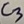
Text: C3